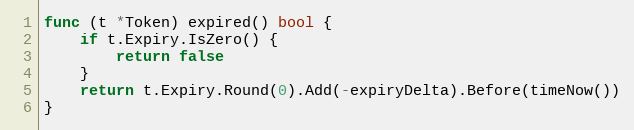
Language: Go
func (t *Token) expired() bool {
	if t.Expiry.IsZero() {
		return false
	}
	return t.Expiry.Round(0).Add(-expiryDelta).Before(timeNow())
}